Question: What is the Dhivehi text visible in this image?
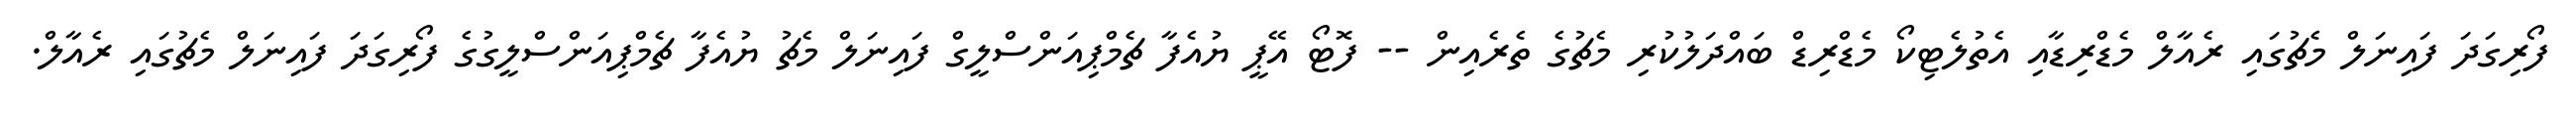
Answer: ފޯރިގަދަ ފައިނަލް މެޗުގައި ރެއާލް މެޑްރިޑާއި އެތުލެޓިކޯ މެޑްރިޑް ބައްދަލުކުރި މެޗުގެ ތެރެއިން -- ފޮޓޯ އޭޕީ ޔުއެފާ ޗެމްޕިއަންސްލީގް ފައިނަލް މެޗު ޔުއެފާ ޗެމްޕިއަންސްލީގުގެ ފޯރިގަދަ ފައިނަލް މެޗުގައި ރެއާލް.